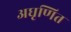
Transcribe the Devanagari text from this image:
अघृणित